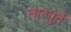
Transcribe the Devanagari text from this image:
तात्पुर्ते